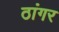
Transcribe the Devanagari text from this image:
ठांगर